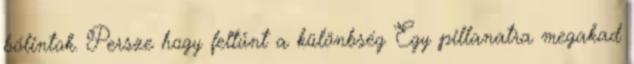
bólintok. Persze hogy feltűnt a különbség Egy pillanatra megakad